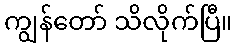
ကျွန်တော် သိလိုက်ပြီ။